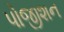
પોજીશન